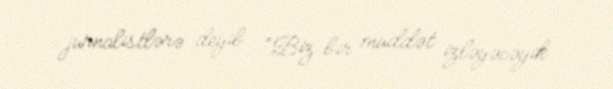
jurnalistlərə deyib: “Biz bir müddət izləyəcəyik.